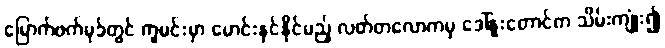
မြောက်ဖက်မုခ်တွင် ကူမင်းမှာ မောင်းနှင်နိုင်မည့် လတ်တလောကမှ ဒေါ်နူးတောင်က သိမ်းကျုံး၍